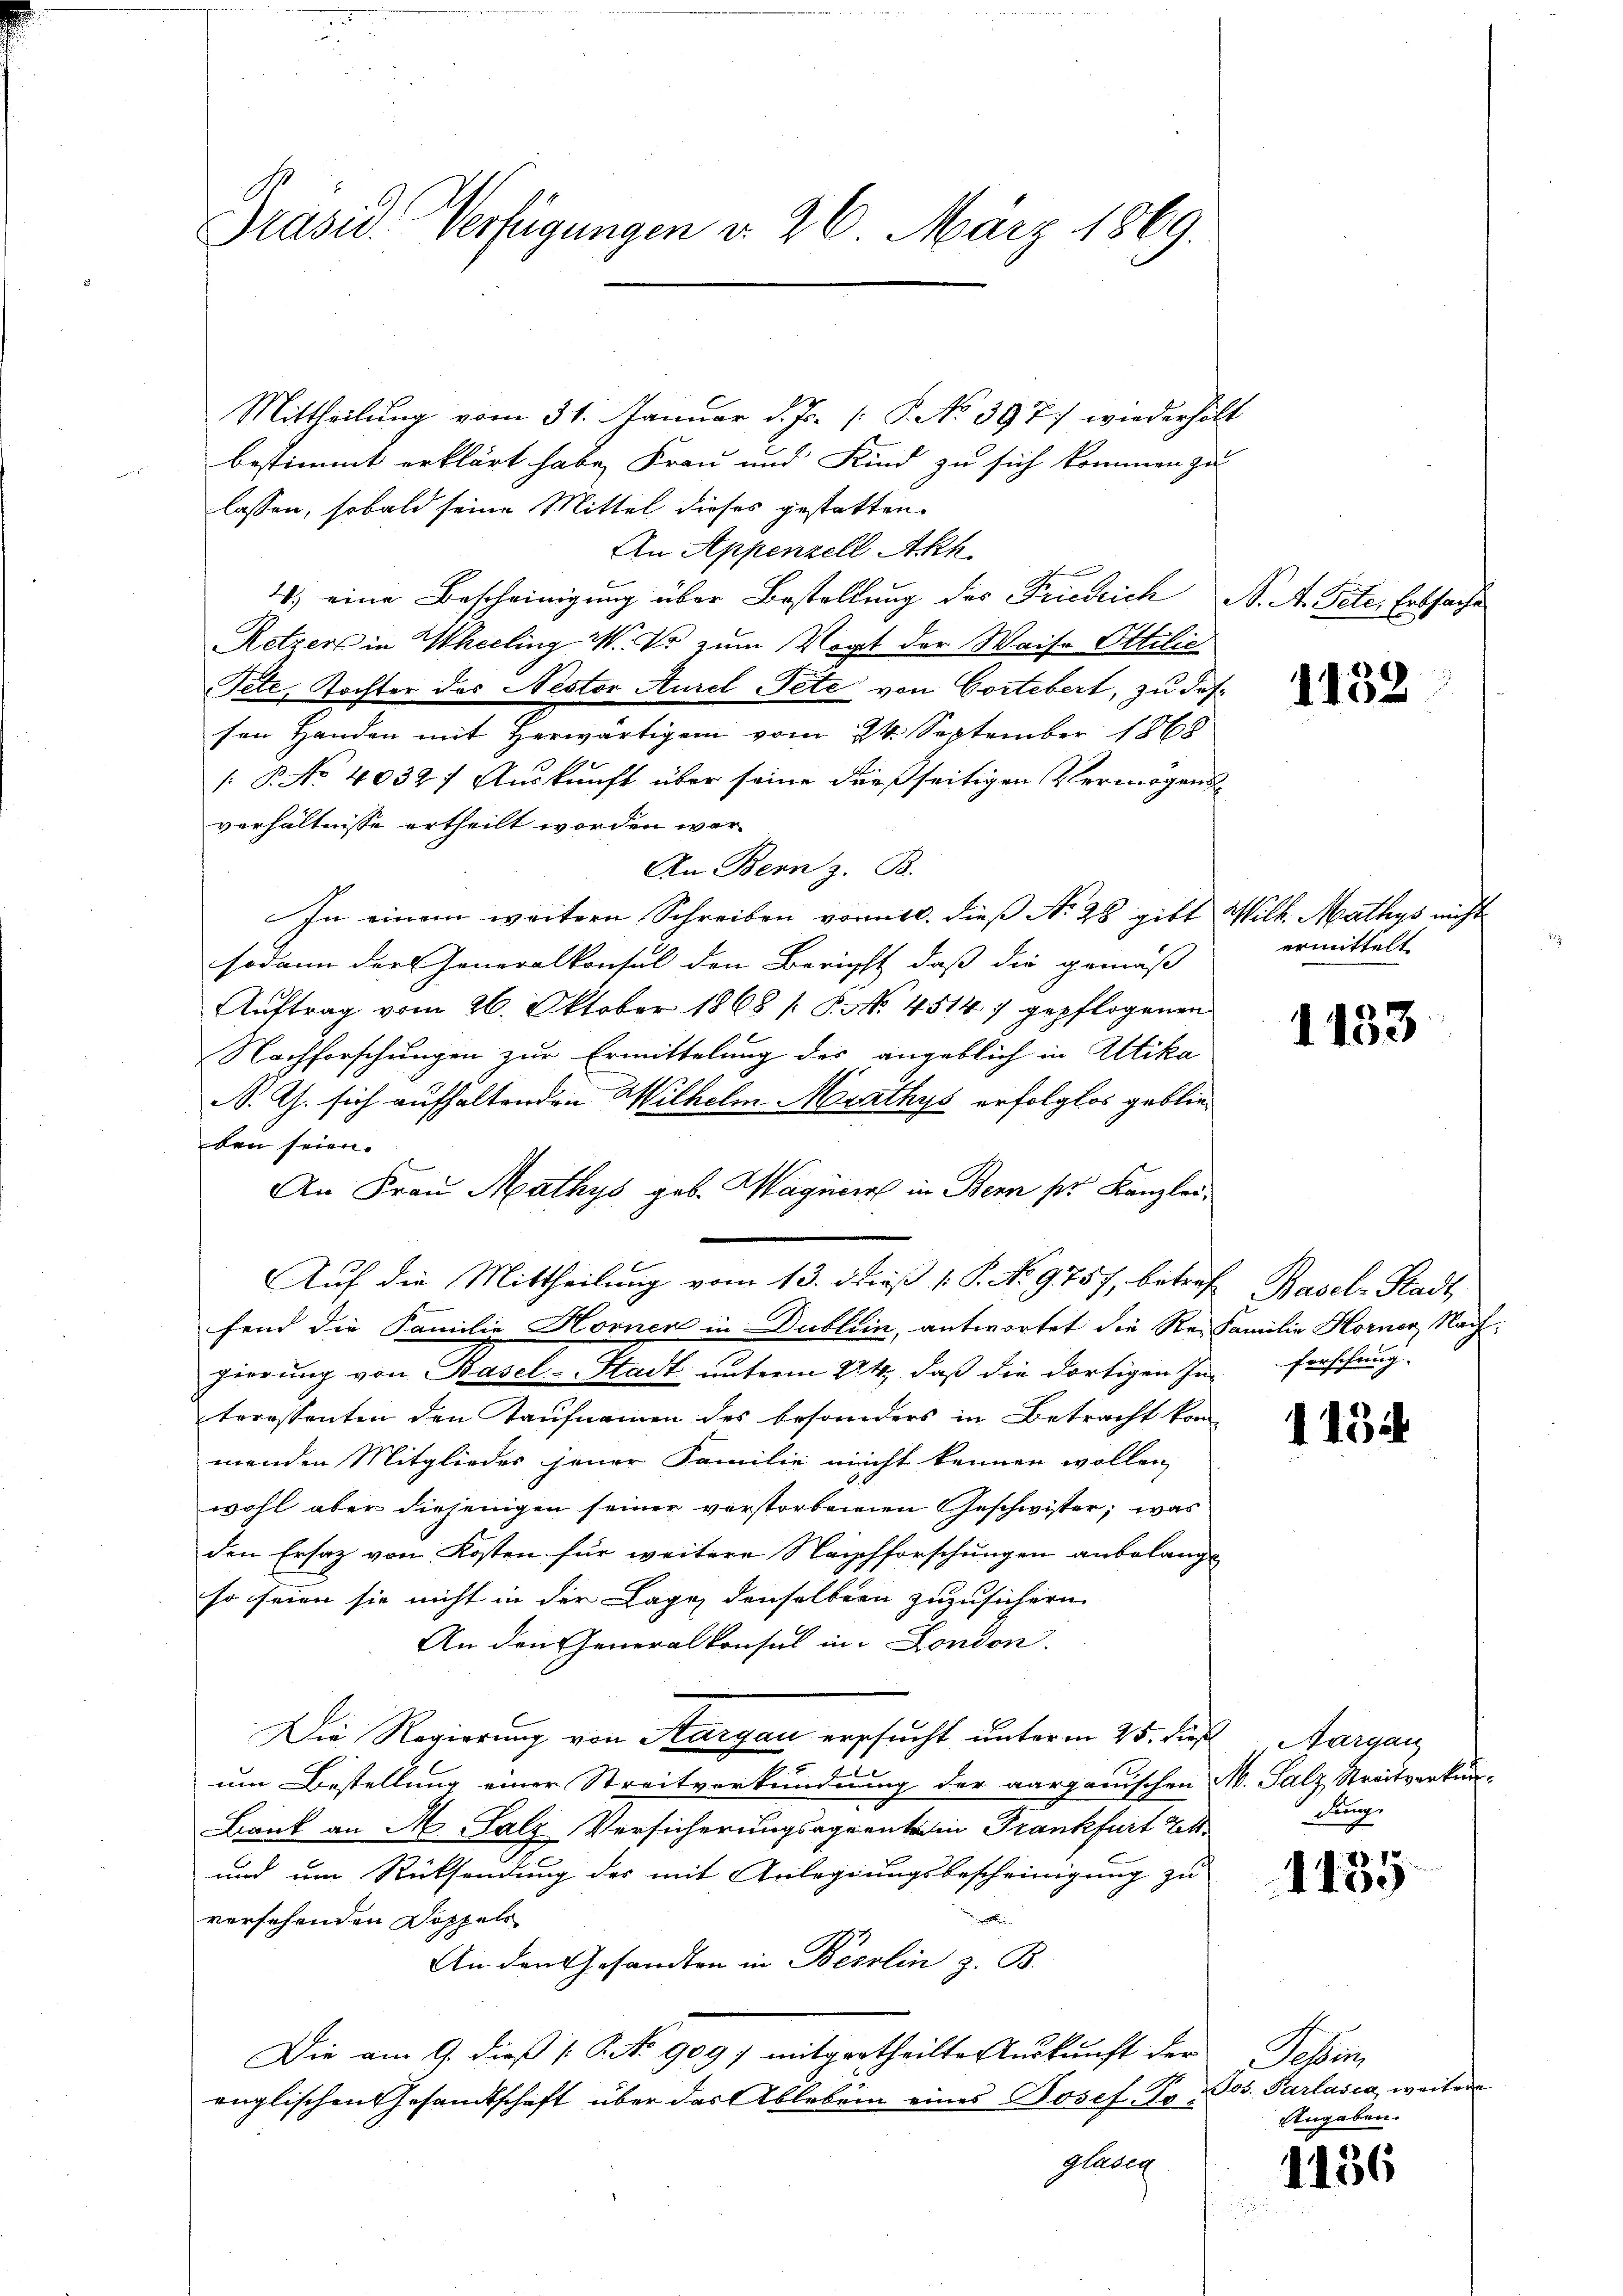
Präsid. Verfügungen d. 26. März 1869.

Mittheilung vom 31. Januar d. Js. [S. No 397. wiederholt
bestimmt erklärt habe, Frau und Kind zu sich kommen zu
lassen, sobald seine Mittel dieses gestatten.
An Appenzell Akh.
4) eine Bescheinigung über Bestellung des Friedrich N. A. Pete. Erbsache
Retzer in Weeling W. V. zum Vogt der Waise Ottilie
Tete, Tochter des Nestor Aurel Pete von Gottebert, zu dessen Handen mit Herwärtigen vom 24. September 1868
 P. No 4032; Auskunft über seine dießseitigen Vermögens-
verhältnisse ertheilt worden wer¬
An Bern z. B.
In einem weitern Schreiben vormat dies No 28 gibt Wilh. Mathys nicht
sodann der Generalkonsul den Bericht, daß die gemäß
Auftrag vom 26. Oktober 1868 / P. No. 4514 7 gepflogenen
Nachforschungen zur Ermittelung des angeblich in Altika
N. Ch. sich aufhaltenden Wilhelm Mathys erfolglos geblieden seien.
fend die Familie Horner in Dublein, antwortet die Re- Familie Horner Nachgierung von Basel-Stadt unterm 24. daß die dortigen In-Forschung
teressenten den Kaufnamen des besonders in Betracht kon
menden Mitglieder jener Familie nicht kennen wollen,
wohl aber diejenigen seiner verstorbenen Geschwister, was
den Ersatz von Kosten für weitere Nachforschungen anbelangt
so seien sie nicht in der Lage denselben zuzusichern
An den eneralkonsul in London.
Die Regierung von Aargau ersucht unterm 25. Fuß Aargau
um Bestellung einer Streitverkundnung der aarganischen M. Salz Streitverkan¬
Bank an M. Salz Versicherungsaguente in Frankfurt St.
und um Rücksendung des mit Anlegungsbescheinigung zu

versehenden Doppels
An den Gesandten in Berlin z. B.
Die am 9. dieß (: P. No 909) mitgertheilte Auskunft der
englischen Gesandtschaft über das Ableben eines Josef Koglasig

An Frau Mathys geb. Magnier in Bern pr. Kanzlei-

Auf die Mittheilung vom 13. d. daß 1. P. No 9757, betref Basel-Stadt

1132

ermittelt

1133

113

dung

1135

Suben
Jos. Parlasia, weitere
Angaben.

1136